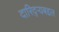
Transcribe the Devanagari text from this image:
दारिद्‌र्‍यबद्दल